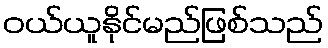
ဝယ်ယူနိုင်မည်ဖြစ်သည်